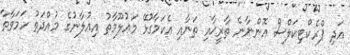
އަދި ޕްރެކްޓިކަލްސް އޮންނާނެ ތާރީޚާއި ތަނާއި އެކަމާގުޅޭ މަޢުލޫމާތު އިޢުލާނުގެ މުއްދަތު ހަމަވާތާ